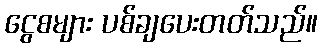
ငွေစများ ပစ်ချပေးတတ်သည်။